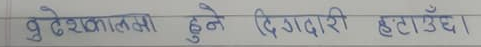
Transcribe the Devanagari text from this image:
बु देशकालमा हुने दिग्दारी हटाउँछ ।